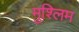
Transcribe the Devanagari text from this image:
मुश्लिम